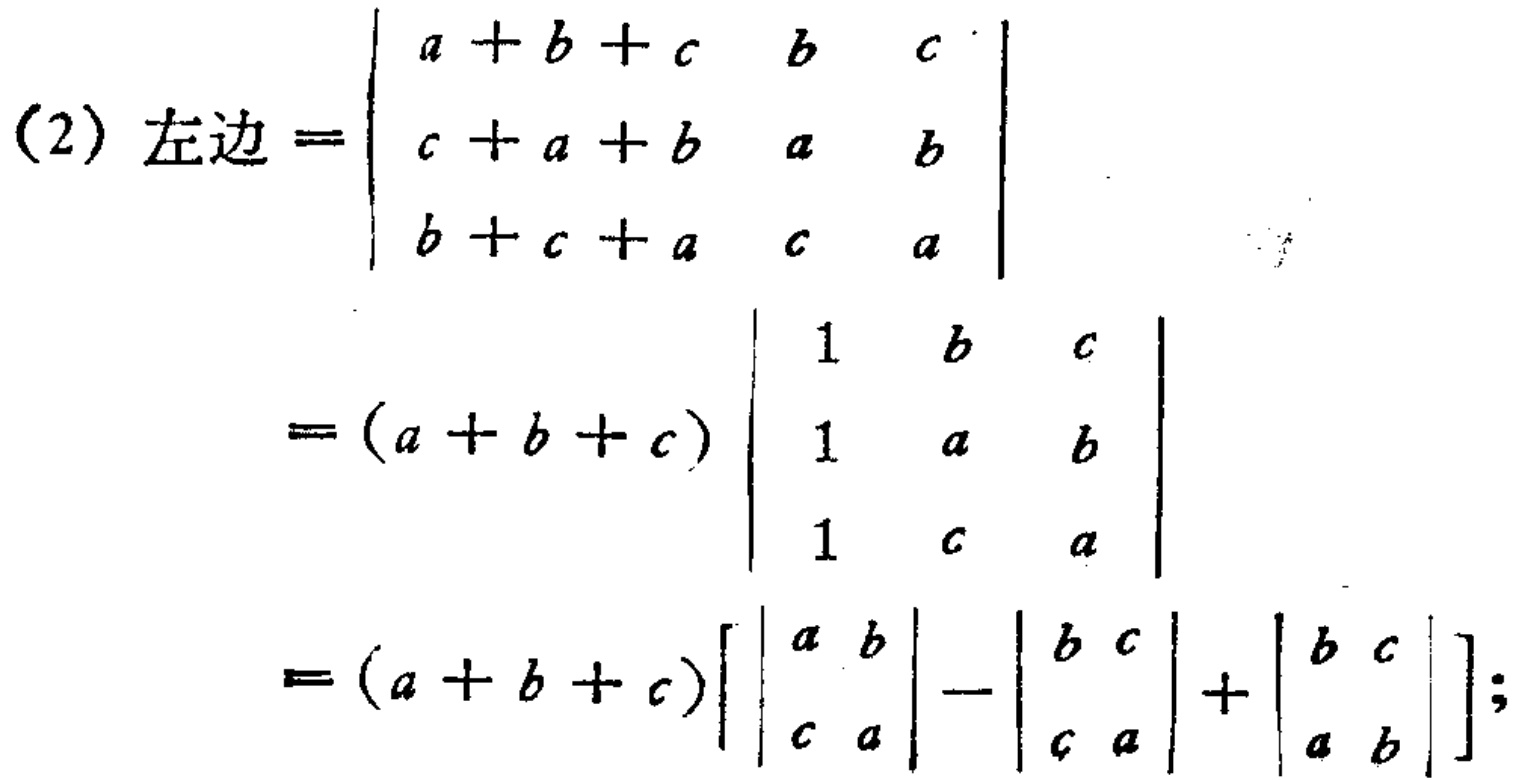
\[
\begin{align*}
\text{(2) 左边}&=\begin{vmatrix}
a + b + c&b&c\\
c + a + b&a&b\\
b + c + a&c&a
\end{vmatrix}\\
&=(a + b + c)\begin{vmatrix}
1&b&c\\
1&a&b\\
1&c&a
\end{vmatrix}\\
&=(a + b + c)\left[\begin{vmatrix}
a&b\\
c&a
\end{vmatrix}-\begin{vmatrix}
b&c\\
c&a
\end{vmatrix}+\begin{vmatrix}
b&c\\
a&b
\end{vmatrix}\right];
\end{align*}
\]